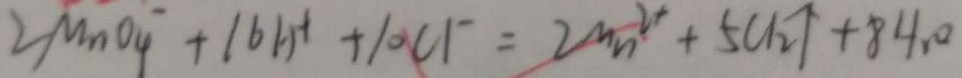
2 M n O _ { 4 } ^ { - } + 1 6 H ^ { + } + 1 0 C l ^ { - } = 2 m n ^ { 2 + } + 5 C l _ { 2 } \uparrow + 8 H _ { 2 } O